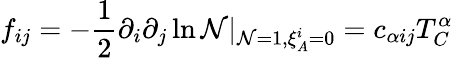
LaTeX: f_{ij}=-{\frac{1}{2}}\partial_{i}\partial_{j}\ln{\cal N}|_{{\cal N}=1,\xi_{A}^{i}=0}=c_{\alpha ij}T_{C}^{\alpha}